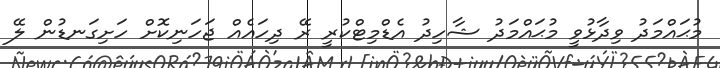
މުޙައްމަދު ވިދާޅުވީ މުޙައްމަދު ޝާހިދު އެޑްމިޓްކުރީ ރޭ ދިހައެއް ޖަހަނިކޮށް ހަށިގަނޑުން ލޭ